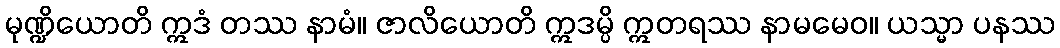
မုဏ္ဍိယောတိ ဣဒံ တဿ နာမံ။ ဇာလိယောတိ ဣဒမ္ပိ ဣတရဿ နာမမေဝ။ ယသ္မာ ပနဿ